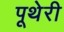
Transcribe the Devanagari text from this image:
पूथेरी